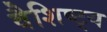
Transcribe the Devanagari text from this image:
वैशिष्ट्‍य